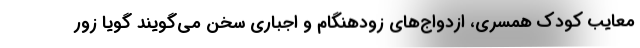
معایب کودک همسری، ازدواج‌های زودهنگام و اجباری سخن می‌گویند گویا زور